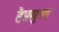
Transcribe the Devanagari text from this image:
हैप्रमुख